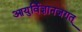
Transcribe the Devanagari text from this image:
आयुर्विज्ञानजगत्